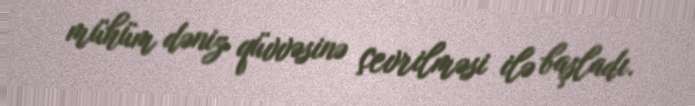
mühüm dəniz qüvvəsinə çevrilməsi ilə başladı.